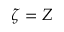
\zeta = Z